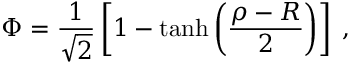
\Phi = \frac { 1 } { \sqrt { 2 } } \left[ 1 - \operatorname { t a n h } { \left( \frac { \rho - R } { 2 } \right) } \right] \; ,